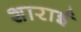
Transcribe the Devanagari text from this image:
शाराई